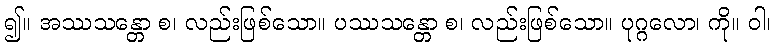
၍။ အဿသန္တော စ၊ လည်းဖြစ်သော။ ပဿသန္တော စ၊ လည်းဖြစ်သော။ ပုဂ္ဂလော၊ ကို။ ဝါ၊